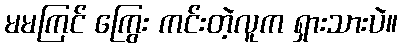
မမကြင် ကြွေး ကင်းတဲ့လူက ရှားသားပဲ။